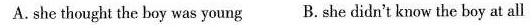
A.she thought the boy was young B. She didn't know the boy at all